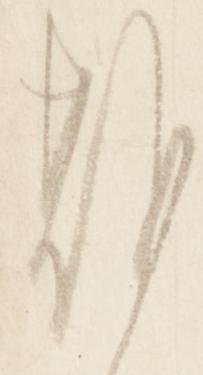
期